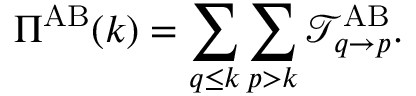
\Pi ^ { \mathrm { A B } } ( k ) = \sum _ { q \leq k } \sum _ { p > k } { \mathcal { T } } _ { q \rightarrow p } ^ { \mathrm { A B } } .